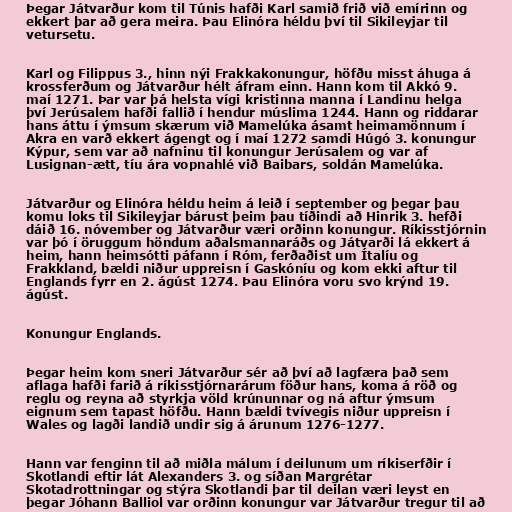
Þegar Játvarður kom til Túnis hafði Karl samið frið við emírinn og
ekkert þar að gera meira. Þau Elinóra héldu því til Sikileyjar til
vetursetu.

Karl og Filippus 3., hinn nýi Frakkakonungur, höfðu misst áhuga á
krossferðum og Játvarður hélt áfram einn. Hann kom til Akkó 9.
maí 1271. Þar var þá helsta vígi kristinna manna í Landinu helga
því Jerúsalem hafði fallið í hendur múslima 1244. Hann og riddarar
hans áttu í ýmsum skærum við Mamelúka ásamt heimamönnum í
Akra en varð ekkert ágengt og í maí 1272 samdi Húgó 3. konungur
Kýpur, sem var að nafninu til konungur Jerúsalem og var af
Lusignan-ætt, tíu ára vopnahlé við Baibars, soldán Mamelúka.

Játvarður og Elinóra héldu heim á leið í september og þegar þau
komu loks til Sikileyjar bárust þeim þau tíðindi að Hinrik 3. hefði
dáið 16. nóvember og Játvarður væri orðinn konungur. Ríkisstjórnin
var þó í öruggum höndum aðalsmannaráðs og Játvarði lá ekkert á
heim, hann heimsótti páfann í Róm, ferðaðist um Ítalíu og
Frakkland, bældi niður uppreisn í Gaskóníu og kom ekki aftur til
Englands fyrr en 2. ágúst 1274. Þau Elinóra voru svo krýnd 19.
ágúst.

Konungur Englands.

Þegar heim kom sneri Játvarður sér að því að lagfæra það sem
aflaga hafði farið á ríkisstjórnarárum föður hans, koma á röð og
reglu og reyna að styrkja völd krúnunnar og ná aftur ýmsum
eignum sem tapast höfðu. Hann bældi tvívegis niður uppreisn í
Wales og lagði landið undir sig á árunum 1276-1277.

Hann var fenginn til að miðla málum í deilunum um ríkiserfðir í
Skotlandi eftir lát Alexanders 3. og síðan Margrétar
Skotadrottningar og stýra Skotlandi þar til deilan væri leyst en
þegar Jóhann Balliol var orðinn konungur var Játvarður tregur til að